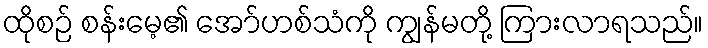
ထိုစဉ် စန်းမေ့၏ အော်ဟစ်သံကို ကျွန်မတို့ ကြားလာရသည်။